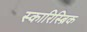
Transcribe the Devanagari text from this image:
स्कारिस्ब्रिक